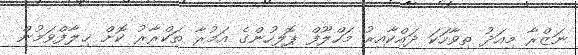
ނަޒްރާ މިއަދު ތިވާހަކަ ދައްކާއިރު މަހްލޫފް ޕޮލިހުންގެ އަމުރާ ތަކްރާރު ކޮށް ޚިލާފްވަމުން